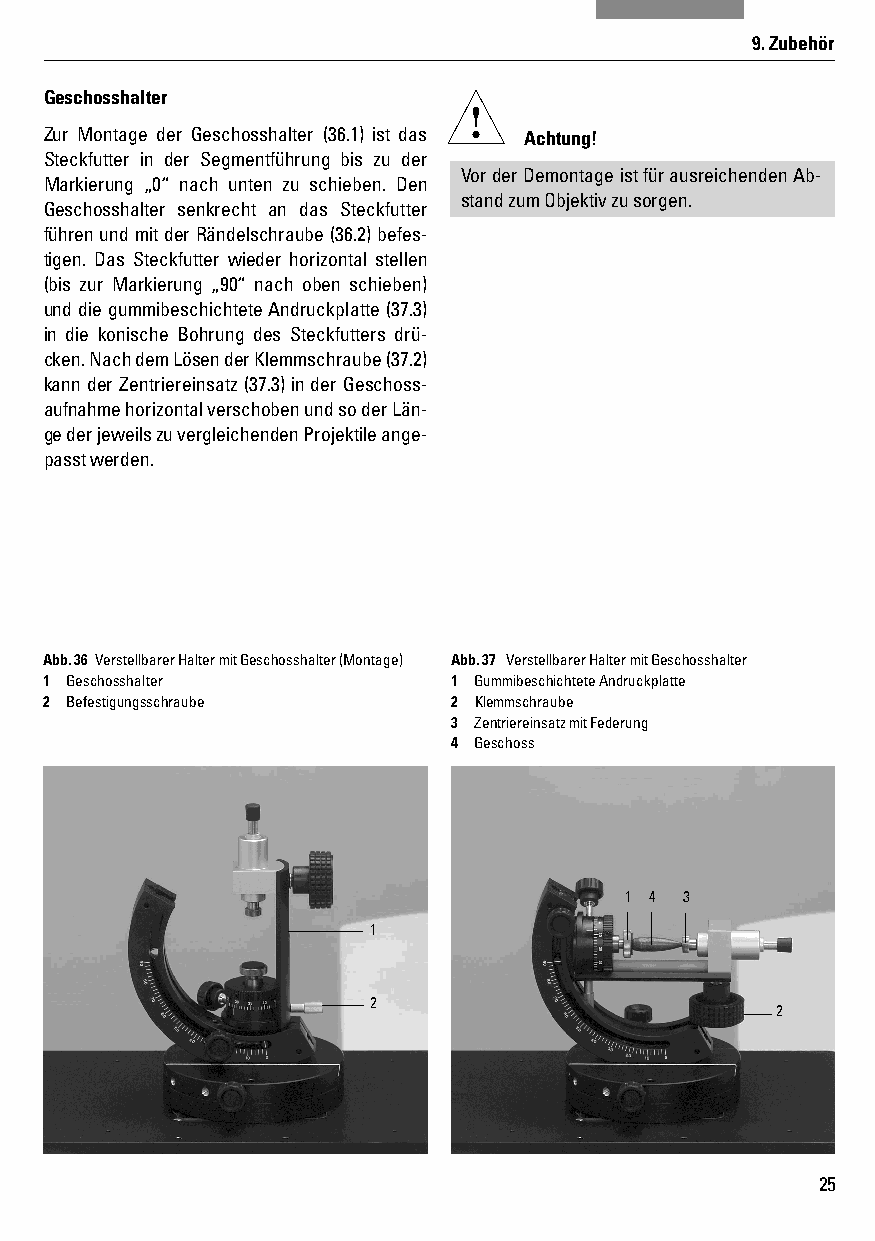
9. Zubehör
 Geschosshalter
 Zur Montage der Geschosshalter (36.1) ist das Achtung!
 Steckfutter in der Segmentführung bis zu der
 Vor der Demontage ist für ausreichenden Ab-
 Markierung „0“ nach unten zu schieben. Den
 stand zum Objektiv zu sorgen.
 Geschosshalter senkrecht an das Steckfutter
 führen und mit der Rändelschraube (36.2) befes-
 tigen. Das Steckfutter wieder horizontal stellen
 (bis zur Markierung „90“ nach oben schieben)
 und die gummibeschichtete Andruckplatte (37.3)
 in die konische Bohrung des Steckfutters drü-
 cken. Nach dem Lösen der Klemmschraube (37.2)
 kann der Zentriereinsatz (37.3) in der Geschoss-
 aufnahme horizontal verschoben und so der Län-
 ge der jeweils zu vergleichenden Projektile ange-
 passt werden.
 Abb. 36 Verstellbarer Halter mit Geschosshalter (Montage) Abb. 37 Verstellbarer Halter mit Geschosshalter
 1 Geschosshalter           1 Gummibeschichtete Andruckplatte
 2 Befestigungsschraube     2 Klemmschraube
 3 Zen triereinsatz mit Federung
 4 Geschoss
 1 4 3
 1
 2
 2
 25